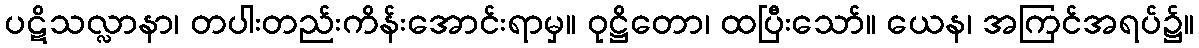
ပဋိသလ္လာနာ၊ တပါးတည်းကိန်းအောင်းရာမှ။ ဝုဋ္ဌိတော၊ ထပြီးသော်။ ယေန၊ အကြင်အရပ်၌။